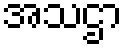
အသဌာ